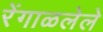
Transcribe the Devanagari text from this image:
रेंगाळलेले